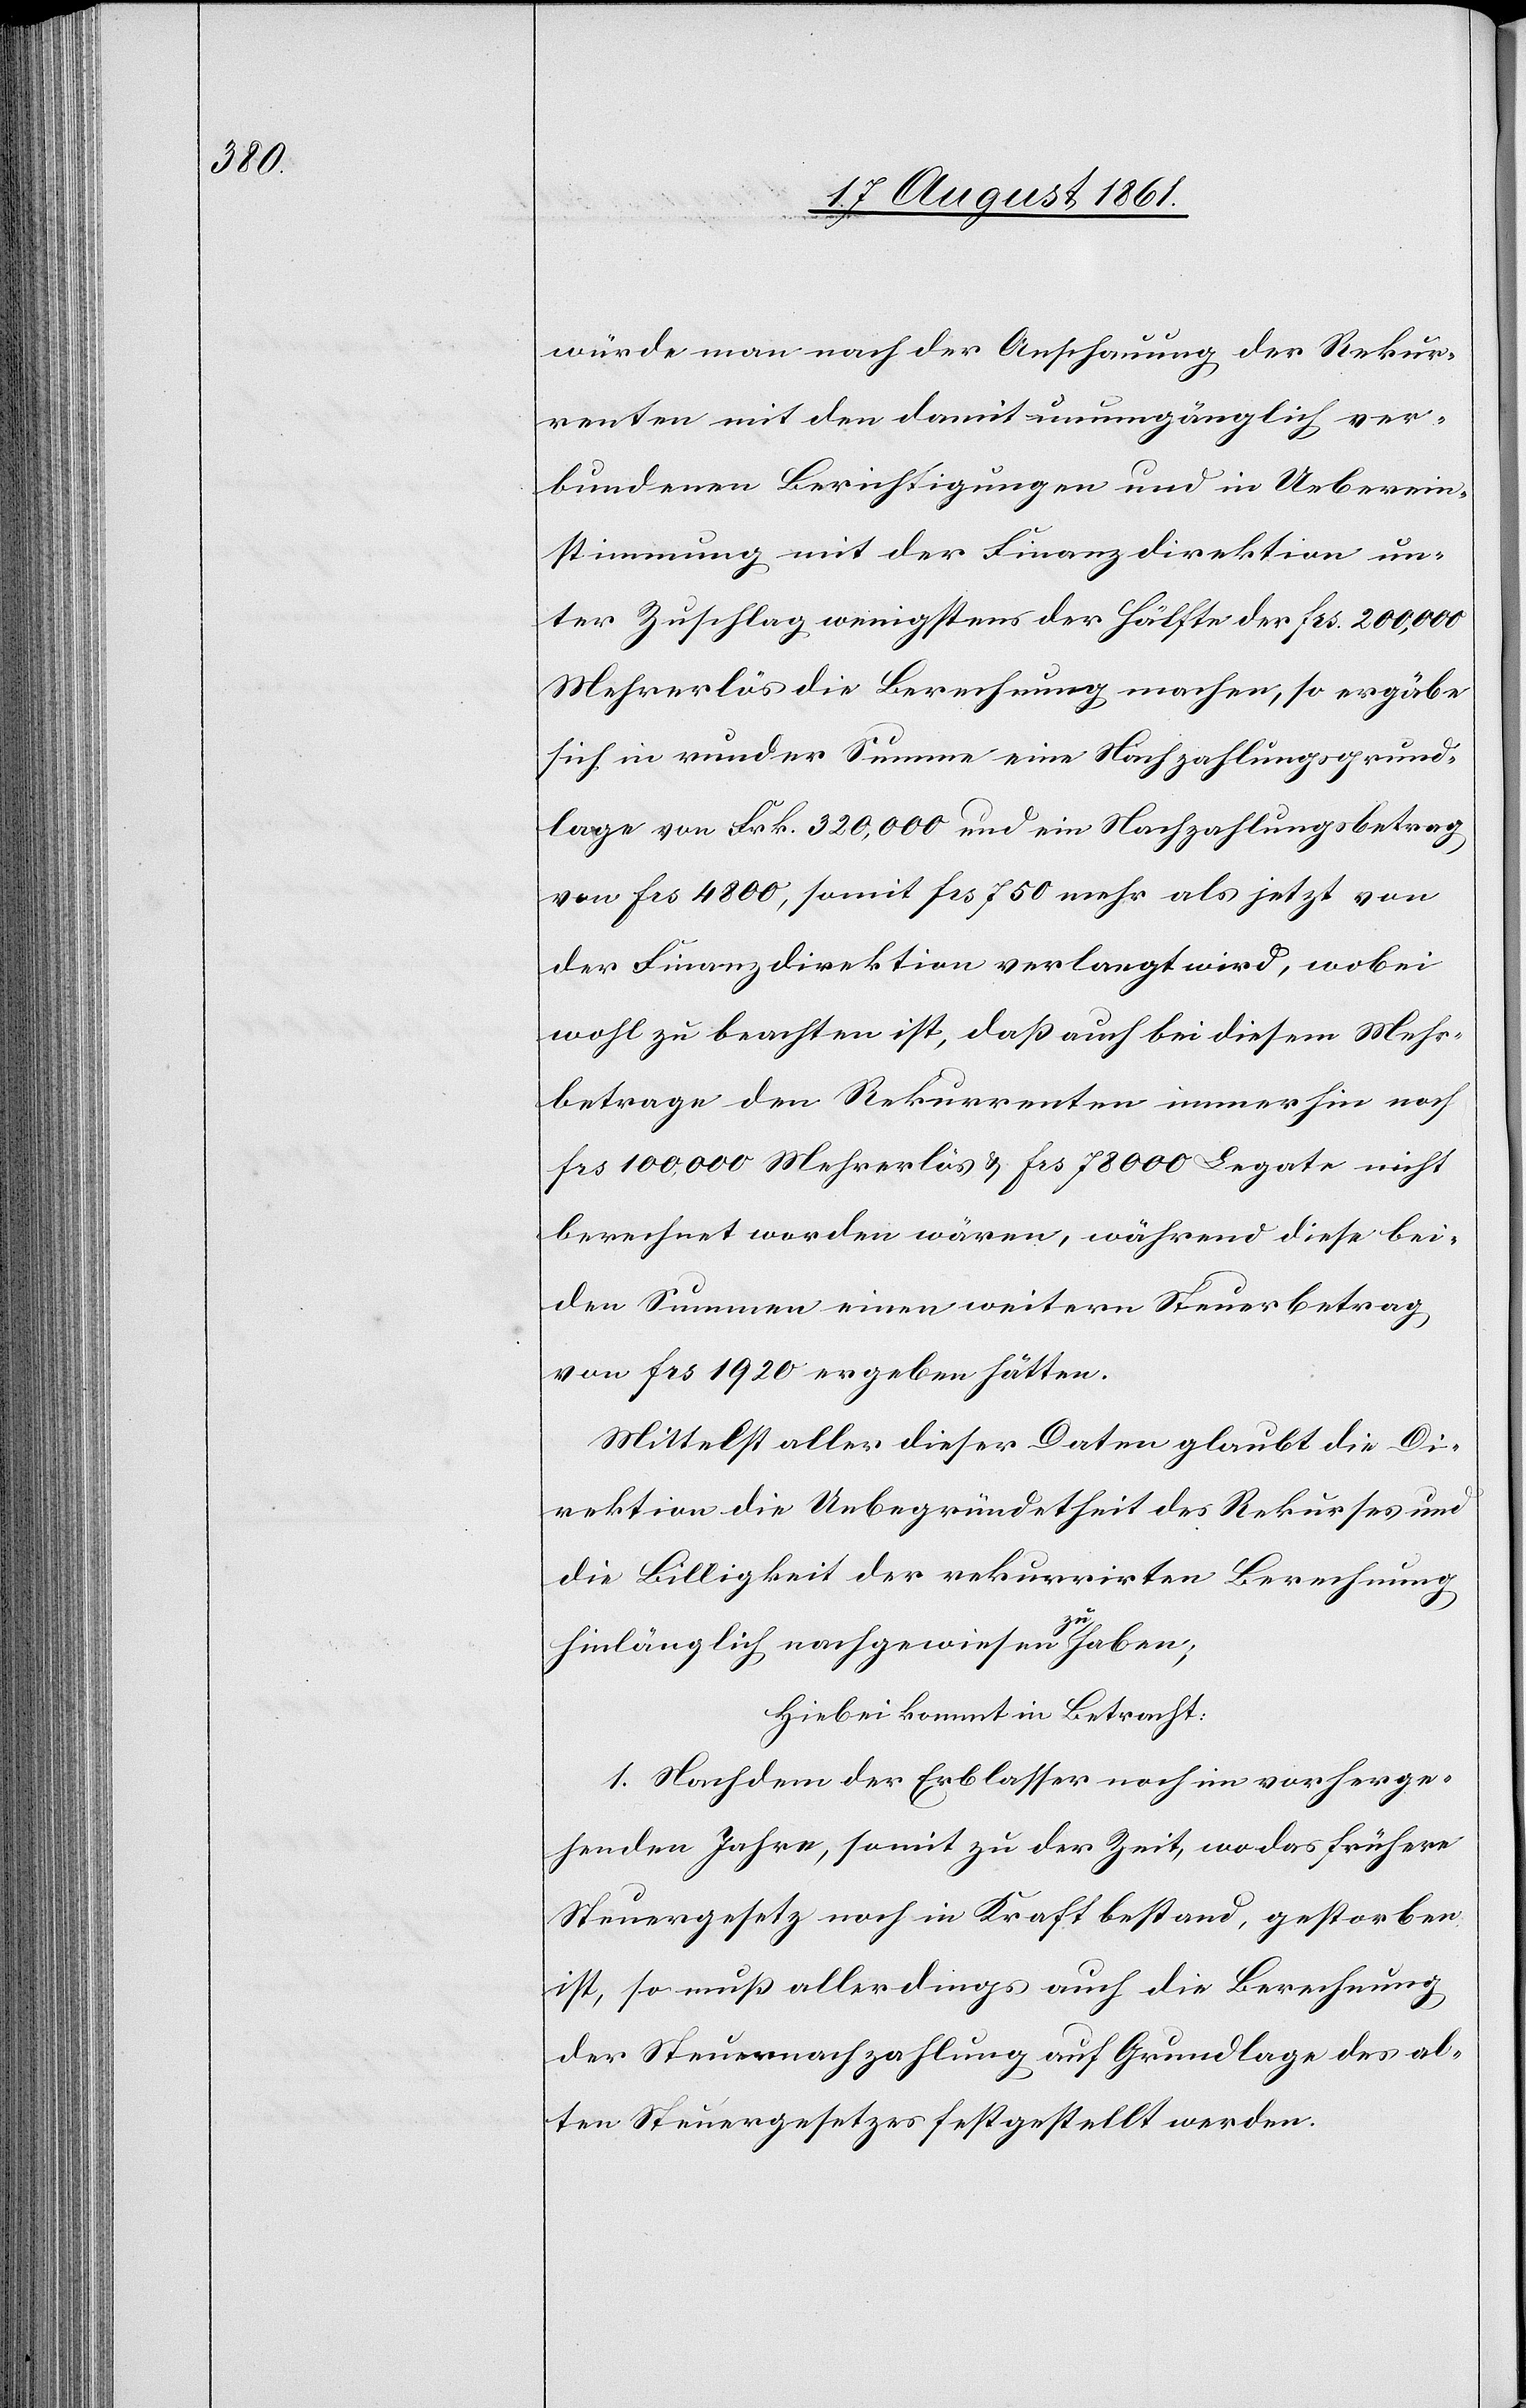
würde man nach der Anschauung der Rekur¬
renten mit den damit unumgänglich ver¬
bundenen Berichtigungen und in Ueberein¬
stimmung mit der Finanzdirektion un¬
ter Zuschlag wenigstens der Hälfte der frs 200,000
Mehrerlös die Berechnung machen, so ergäbe
sich in runder Summe eine Nachzahlungsgrund¬
lage von Frk. 320,000 und ein Nachzahlungsbetrag
von frs 4800, somit frs 750 mehr als jetzt von
der Finanzdirektion verlangt wird, wobei
wohl zu beachten ist, daß auch bei diesem Mehr¬
betrage den Rekurrenten immerhin noch
frs 100,000 Mehrerlös u. frs 78000 Legate nicht
berechnet worden wären, während diese bei¬
den Summen einen weitern Steuerbetrag
von frs 1920 ergeben hätten.
Mittelst aller dieser Daten glaubt die Di¬
rektion die Unbegründetheit des Rekurses und
die Billigkeit der rekurrirten Berechnung
hinlänglich nachgewiesen zu haben;
Hiebei kommt in Betracht:
1. Nachdem der Erblasser noch im vorherge¬
henden Jahre, somit zu der Zeit, wo das frühere
Steuergesetz noch in Kraft bestand, gestorben
ist, so muß allerdings auch die Berechnung
der Steuernachzahlung auf Grundlage des al¬
ten Steuergesetzes festgestellt werden.